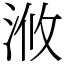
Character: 浟